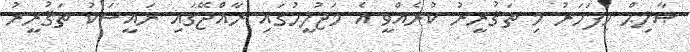
ޞާލިޙް މިފަހަރު މި ތަޤުރީރު ކުރެއްވީ އެ މަޖުލީހުގައި ރާއްޖޭގައި ރައީސަކު ތަޤުރީރު